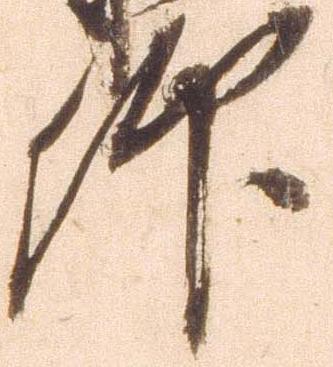
仰